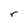
Character: r